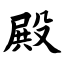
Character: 殿